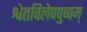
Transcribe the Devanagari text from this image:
श्वेतविलेपपुष्पम्